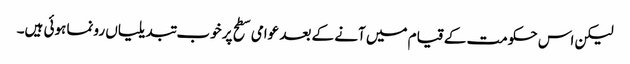
لیکن اس حکومت کے قیام میں آنے کے بعد عوامی سطح پر خوب تبدیلیاں رونما ہوئی ہیں۔